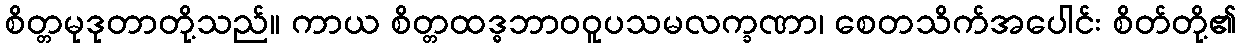
စိတ္တမုဒုတာတို့သည်။ ကာယ စိတ္တထဒ္ဓဘာဝဝူပသမလက္ခဏာ၊ စေတသိက်အပေါင်း စိတ်တို့၏